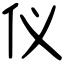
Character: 仪